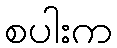
စပါးက